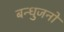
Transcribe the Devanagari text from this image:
बन्धुजनो